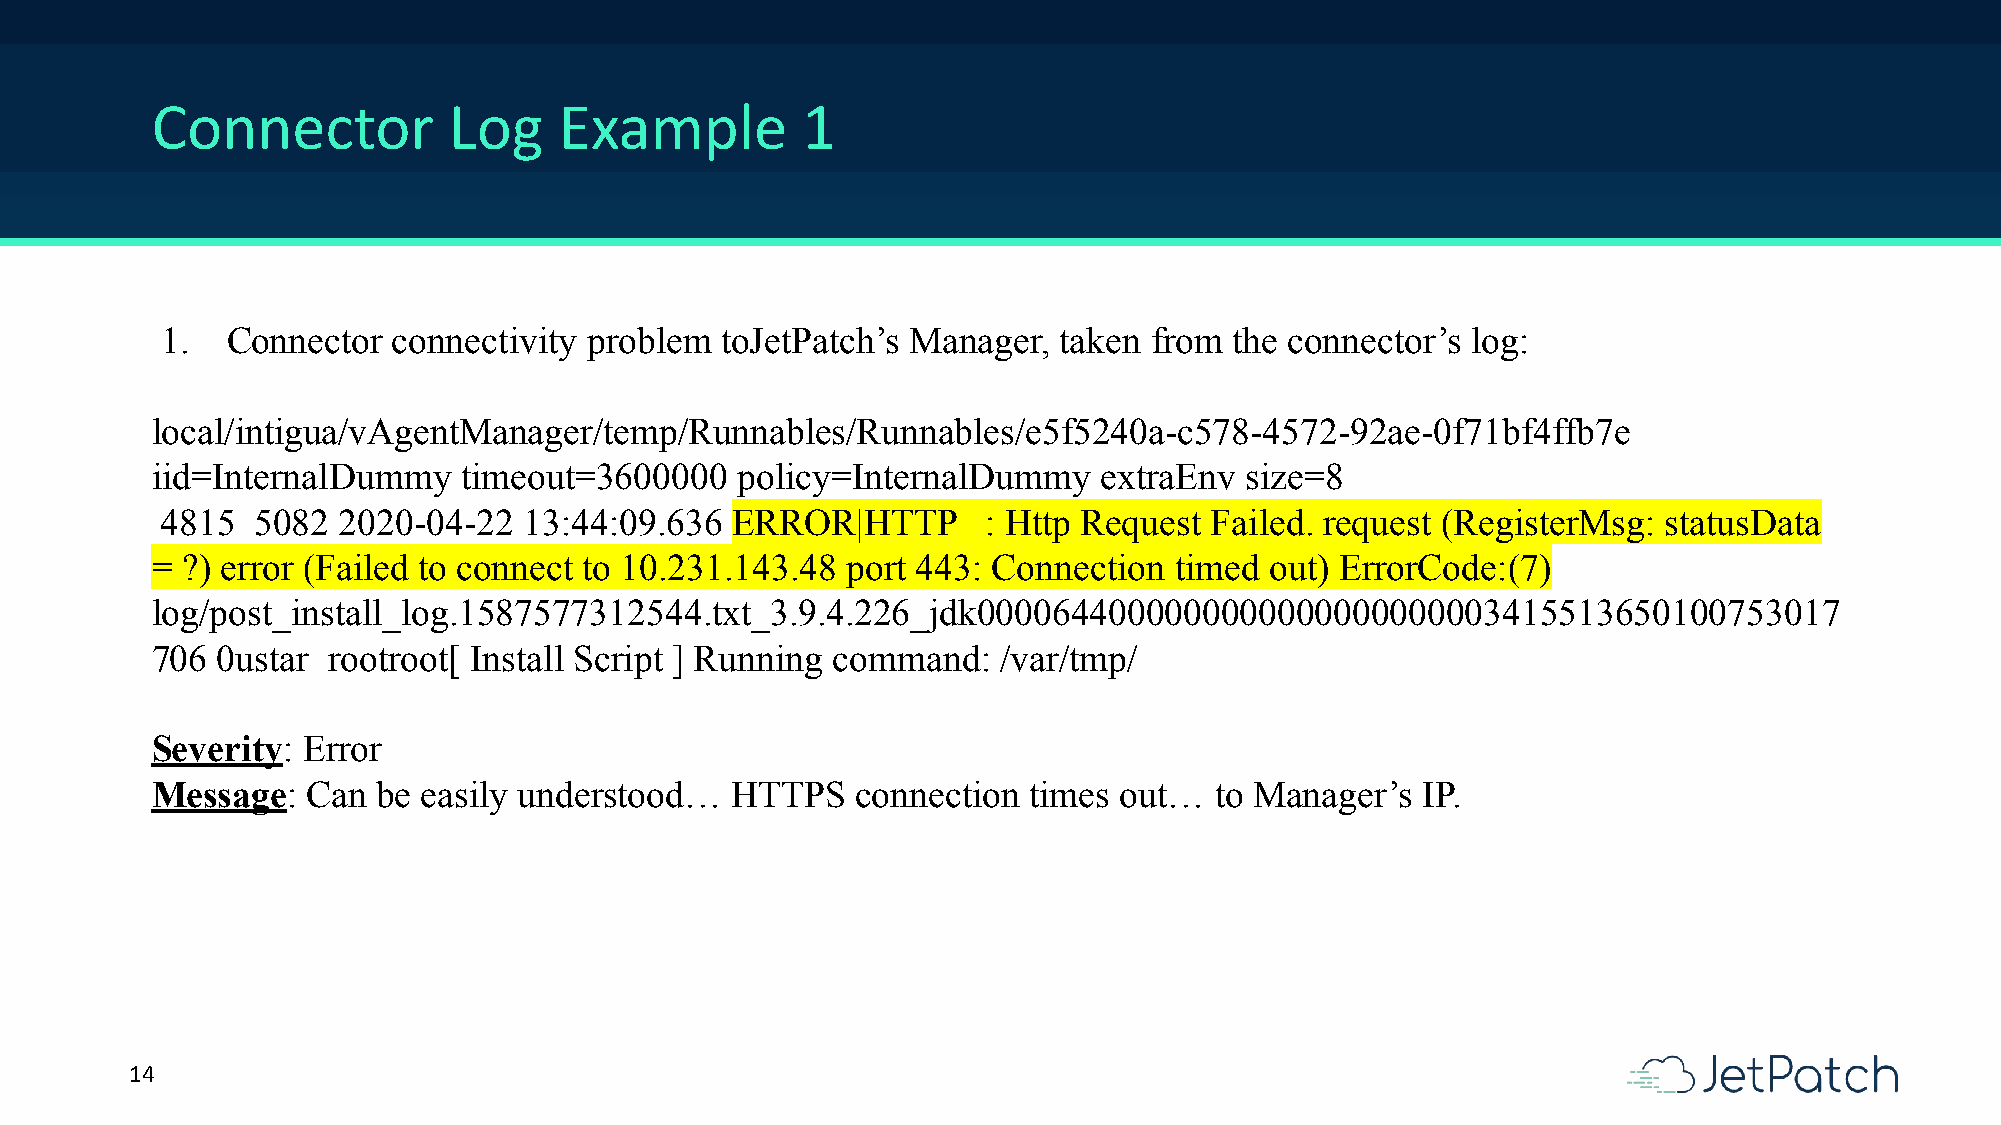
Connector           Log    Example         1
 1.  Connector  connectivity problem  toJetPatch’s Manager, taken from  the connector’s log:
 local/intigua/vAgentManager/temp/Runnables/Runnables/e5f5240a-c578-4572-92ae-0f71bf4ffb7e
 iid=InternalDummy    timeout=3600000   policy=InternalDummy    extraEnv size=8
 4815  5082 2020-04-22   13:44:09.636 ERROR|HTTP       : Http Request Failed. request (RegisterMsg: statusData
 = ?) error (Failed to connect to 10.231.143.48 port 443: Connection timed out) ErrorCode:(7)
 log/post_install_log.1587577312544.txt_3.9.4.226_jdk0000644000000000000000000003415513650100753017
 706 0ustar  rootroot[ Install Script ] Running command: /var/tmp/
 Severity: Error
 Message:  Can  be easily understood…  HTTPS    connection times out…  to Manager’s  IP.
 14